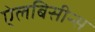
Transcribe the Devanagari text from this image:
ऐलबिसीन्स